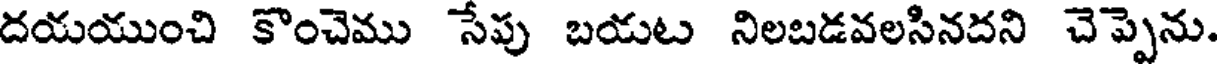
దయయుంచి కొంచెము సేపు బయట నిలబడవలసినదని చెప్పెను.